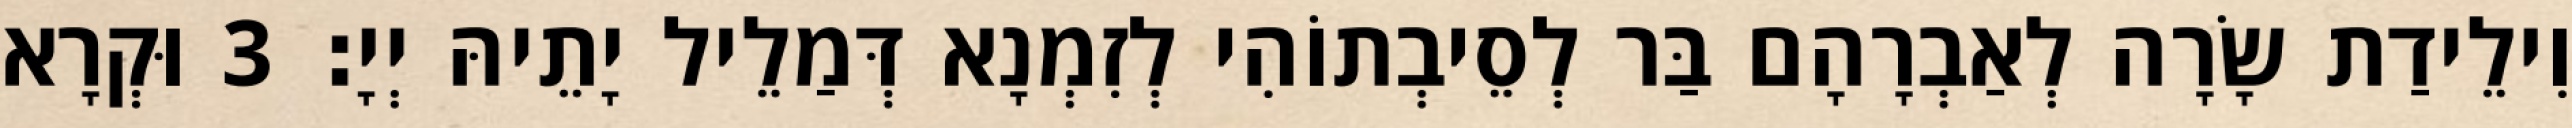
וִילֵידַת שָׂרָה לְאַבְרָהָם בַּר לְסֵיבְתוֹהִי לְזִמְנָא דְּמַלֵיל יָתֵיהּ יְיָ׃ 3 וּקְרָא